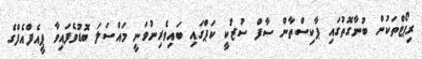
ރިޕޯޓްތަކުން ބުނާގޮތުގައި ޕާކިސްތާން ސާފް ސުޒުކީ ކަޕްގައި ބައިވެރިނުވަނީ މައްސަލަ ބޮޑުވެފައިވާ ޕީއެފްއެފްގެ